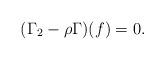
LaTeX: \begin{align*} (\Gamma_2-\rho\Gamma)(f)=0. \end{align*}